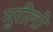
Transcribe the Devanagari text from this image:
मुरीलो